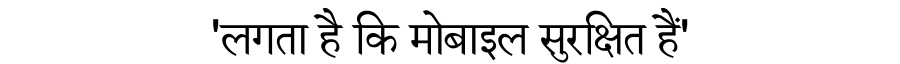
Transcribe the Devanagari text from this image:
'लगता है कि मोबाइल सुरक्षित हैं'